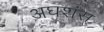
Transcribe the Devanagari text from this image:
अघशंस